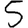
Digit: 5